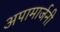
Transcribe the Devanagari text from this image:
अपामार्जनी